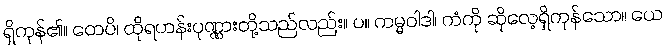
ရှိကုန်၏။ တေပိ၊ ထိုရဟန်းပုဏ္ဏားတို့သည်လည်း။ ပ။ ကမ္မဝါဒါ၊ ကံကို ဆိုလေ့ရှိကုန်သော။ ယေ